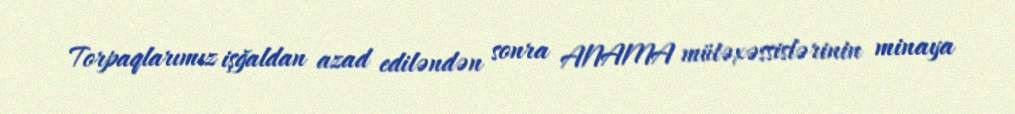
Torpaqlarımız işğaldan azad ediləndən sonra ANAMA mütəxəssislərinin minaya